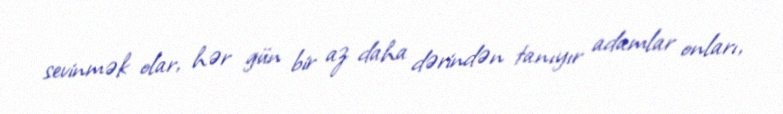
sevinmək olar, hər gün bir az daha dərindən tanıyır adamlar onları,